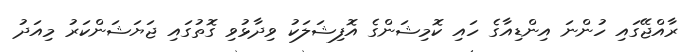
ރާއްޖޭގައި ހުންނަ އިންޑިއާގެ ހައި ކޮމިޝަންގެ އޮފިޝަލަކު ވިދާޅުވި ގޮތުގައި ޖަޔަޝަންކަރު މިއަދު